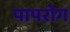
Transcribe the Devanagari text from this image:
पापरोग